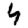
Digit: 4